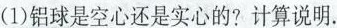
(1)铝球是空心还是实心的?计算说明。